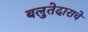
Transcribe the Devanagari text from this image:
बलुतेदाराचे